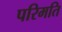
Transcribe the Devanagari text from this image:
परिमति